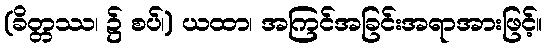
(ခိတ္တဿ၊ ၌ စပ်၊) ယထာ၊ အကြင်အခြင်းအရာအားဖြင့်။